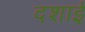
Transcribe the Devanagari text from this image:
दशाई